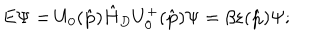
E \Psi = U _ { 0 } ( \hat { \bf p } ) \hat { H } _ { D } U _ { 0 } ^ { + } ( \hat { \bf p } ) \Psi = \beta \varepsilon ( \hat { \bf p } ) \Psi ;